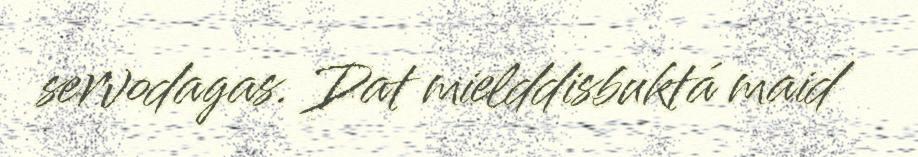
servodagas. Dat mielddisbuktá maid